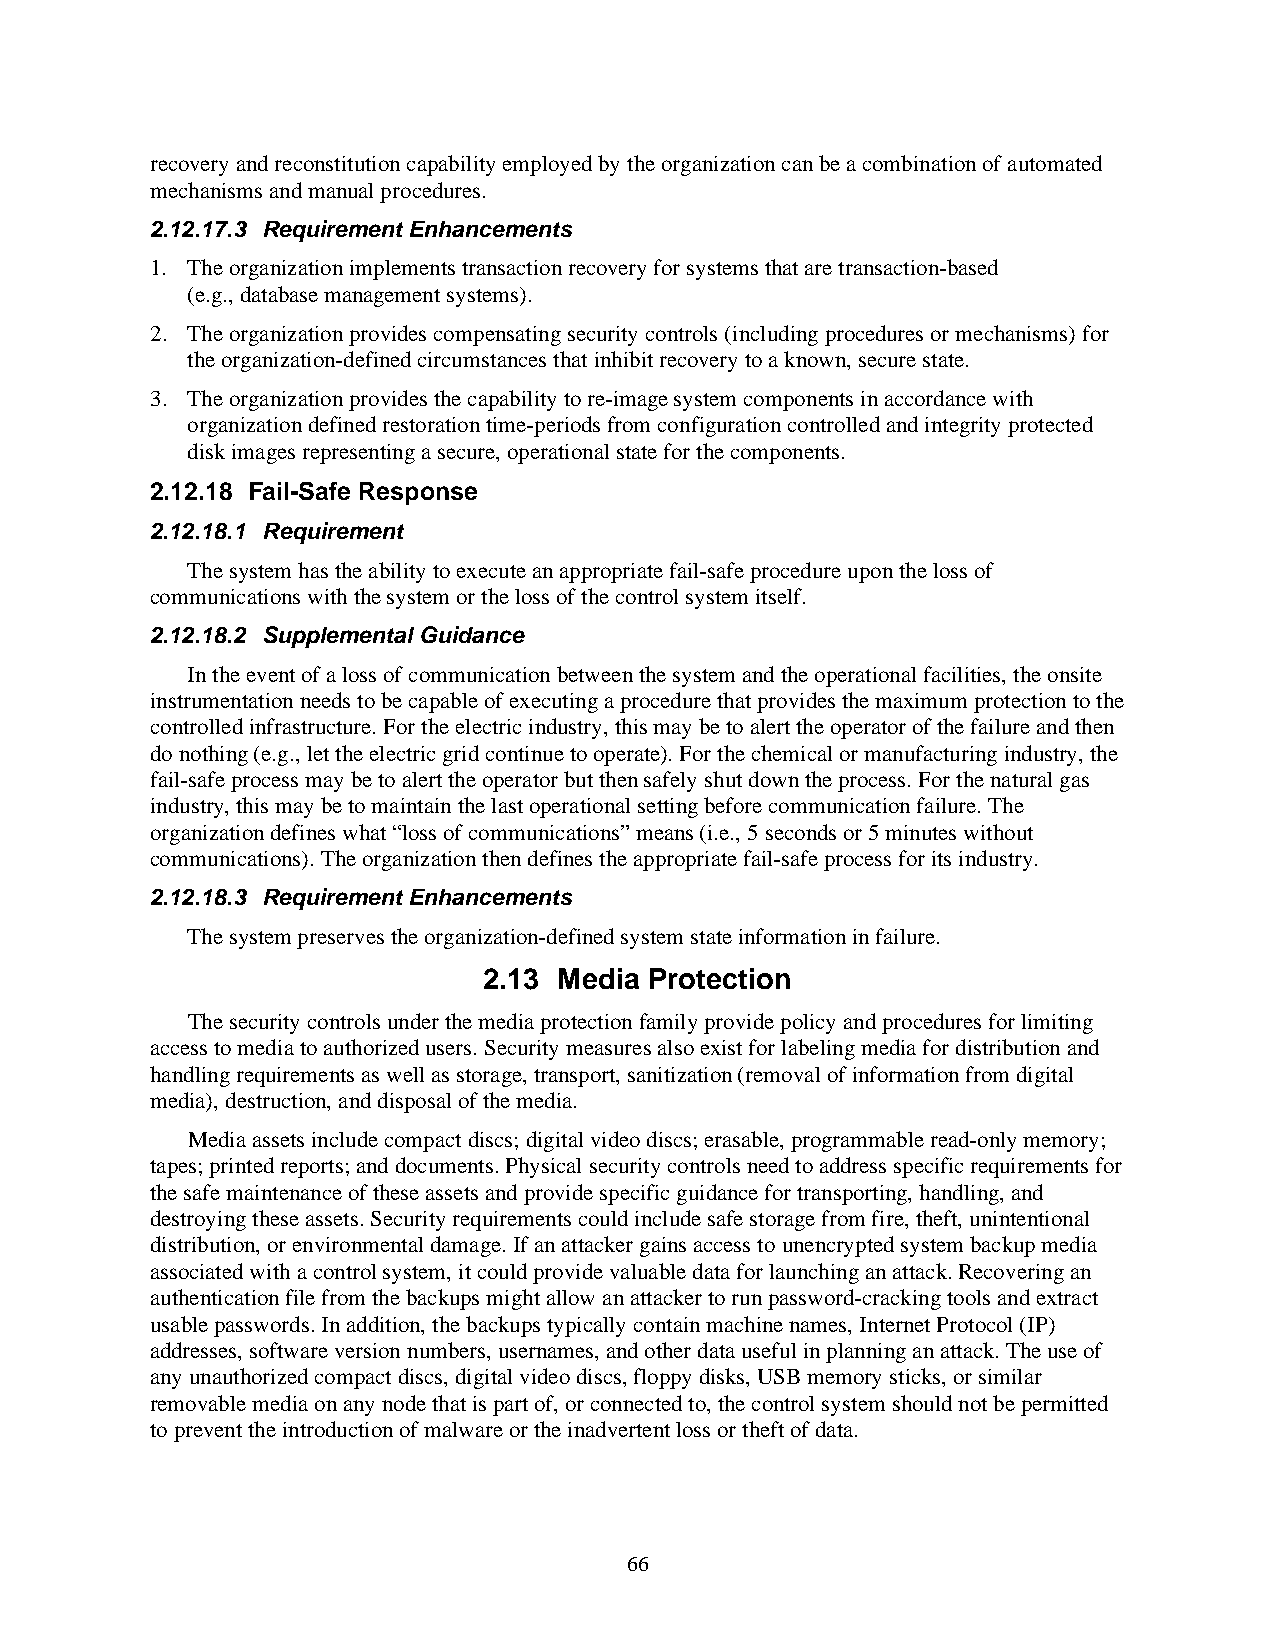
recovery and reconstitution capability employed by the organization can be a combination of automated
 mechanisms and manual procedures.
 2.12.17.3 Requirement Enhancements
 1. The organization implements transaction recovery for systems that are transaction-based
 (e.g., database management systems).
 2. The organization provides compensating security controls (including procedures or mechanisms) for
 the organization-defined circumstances that inhibit recovery to a known, secure state.
 3. The organization provides the capability to re-image system components in accordance with
 organization defined restoration time-periods from configuration controlled and integrity protected
 disk images representing a secure, operational state for the components.
 2.12.18 Fail-Safe Response
 2.12.18.1 Requirement
 The system has the ability to execute an appropriate fail-safe procedure upon the loss of
 communications with the system or the loss of the control system itself.
 2.12.18.2 Supplemental Guidance
 In the event of a loss of communication between the system and the operational facilities, the onsite
 instrumentation needs to be capable of executing a procedure that provides the maximum protection to the
 controlled infrastructure. For the electric industry, this may be to alert the operator of the failure and then
 do nothing (e.g., let the electric grid continue to operate). For the chemical or manufacturing industry, the
 fail-safe process may be to alert the operator but then safely shut down the process. For the natural gas
 industry, this may be to maintain the last operational setting before communication failure. The
 organization defines what “loss of communications” means (i.e., 5 seconds or 5 minutes without
 communications). The organization then defines the appropriate fail-safe process for its industry.
 2.12.18.3 Requirement Enhancements
 The system preserves the organization-defined system state information in failure.
 2.13 Media Protection
 The security controls under the media protection family provide policy and procedures for limiting
 access to media to authorized users. Security measures also exist for labeling media for distribution and
 handling requirements as well as storage, transport, sanitization (removal of information from digital
 media), destruction, and disposal of the media.
 Media assets include compact discs; digital video discs; erasable, programmable read-only memory;
 tapes; printed reports; and documents. Physical security controls need to address specific requirements for
 the safe maintenance of these assets and provide specific guidance for transporting, handling, and
 destroying these assets. Security requirements could include safe storage from fire, theft, unintentional
 distribution, or environmental damage. If an attacker gains access to unencrypted system backup media
 associated with a control system, it could provide valuable data for launching an attack. Recovering an
 authentication file from the backups might allow an attacker to run password-cracking tools and extract
 usable passwords. In addition, the backups typically contain machine names, Internet Protocol (IP)
 addresses, software version numbers, usernames, and other data useful in planning an attack. The use of
 any unauthorized compact discs, digital video discs, floppy disks, USB memory sticks, or similar
 removable media on any node that is part of, or connected to, the control system should not be permitted
 to prevent the introduction of malware or the inadvertent loss or theft of data.
 66